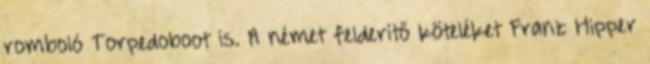
romboló Torpedoboot is. A német felderítő köteléket Franz Hipper